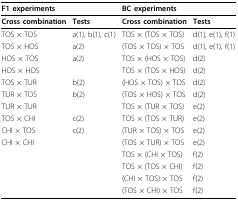
<table><thead><tr><td><b>F1 experiments</b></td><td></td><td><b>BC experiments</b></td><td></td></tr></thead><tbody><tr><td><b>Cross combination</b></td><td><b>Tests</b></td><td><b>Cross combination</b></td><td><b>Tests</b></td></tr><tr><td>TOS × TOS</td><td>a(1), b(1), c(1)</td><td>TOS × (TOS × TOS)</td><td>d(1), e(1), f(1)</td></tr><tr><td>TOS × HOS</td><td>a(2)</td><td>(TOS × TOS) × TOS</td><td>d(1), e(1), f(1)</td></tr><tr><td>HOS × TOS</td><td>a(2)</td><td>TOS × (HOS × TOS)</td><td>d(2)</td></tr><tr><td>HOS × HOS</td><td></td><td>TOS × (TOS × HOS)</td><td>d(2)</td></tr><tr><td>TOS × TUR</td><td>b(2)</td><td>(HOS × TOS) × TOS</td><td>d(2)</td></tr><tr><td>TUR × TOS</td><td>b(2)</td><td>(TOS × HOS) × TOS</td><td>d(2)</td></tr><tr><td>TUR × TUR</td><td></td><td>TOS × (TUR × TOS)</td><td>e(2)</td></tr><tr><td>TOS × CHI</td><td>c(2)</td><td>TOS × (TOS × TUR)</td><td>e(2)</td></tr><tr><td>CHI × TOS</td><td>c(2)</td><td>(TUR × TOS) × TOS</td><td>e(2)</td></tr><tr><td>CHI × CHI</td><td></td><td>(TOS × TUR) × TOS</td><td>e(2)</td></tr><tr><td></td><td></td><td>TOS × (CHI × TOS)</td><td>f(2)</td></tr><tr><td></td><td></td><td>TOS × (TOS × CHI)</td><td>f(2)</td></tr><tr><td></td><td></td><td>(CHI × TOS) × TOS</td><td>f(2)</td></tr><tr><td></td><td></td><td>(TOS × CHI) × TOS</td><td>f(2)</td></tr></tbody></table>